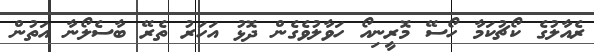
ރެއާލުގެ ކޯޗުކަމާ ހޯސޭ މޮރީނިއޯ ހަވާލުވެގެން ދޮޅު އަހަރު ތެރޭ ބާސެލޯނާ އަތުން